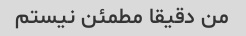
من دقیقا مطمئن نیستم